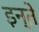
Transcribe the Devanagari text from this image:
इन्ते